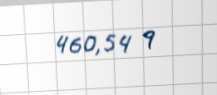
460,54 q